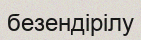
безендірілу